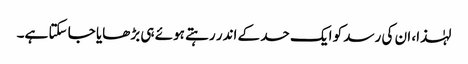
لہٰذا، ان کی رسد کو ایک حد کے اندر رہتے ہوئے ہی بڑھایا جا سکتا ہے۔